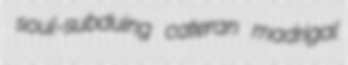
soul-subduing cateran madrigal